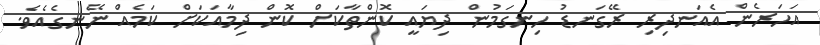
އަހަރެން އެއަނދިރި ރޭގަނޑު ހިނގަމުން ދިޔައީ ކޮންތާކަށް ކޮން ދިމާއަކަށް ކަމެއް ނޭނގެއެވެ.